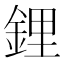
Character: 鋰